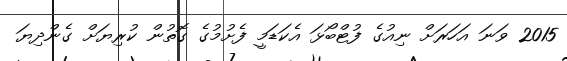
2015 ވަނަ އަހަރަށް ނިއުގެ ފުޓްބޯޅަ އެކަަޑަމީ ފެށުމުގެ ގޮތުން ކުރިޔަށް ގެންދިޔަ